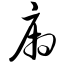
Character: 厢